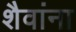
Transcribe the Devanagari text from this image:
शैवांना